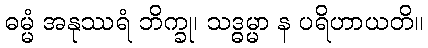
ဓမ္မံ အနုဿရံ ဘိက္ခု၊ သဒ္ဓမ္မာ န ပရိဟာယတိ။